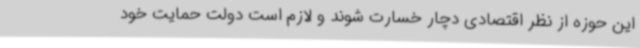
این حوزه از نظر اقتصادی دچار خسارت شوند و لازم است دولت حمایت خود